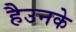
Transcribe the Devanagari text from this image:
हैउनके